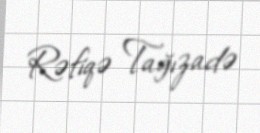
Rəfiqə Tağızadə